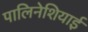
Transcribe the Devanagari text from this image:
पालिनेशियाई